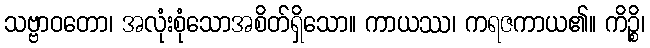
သဗ္ဗာဝတော၊ အလုံးစုံသောအစိတ်ရှိသော။ ကာယဿ၊ ကရဇကာယ၏။ ကိဉ္စိ၊